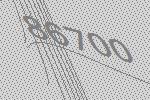
86700